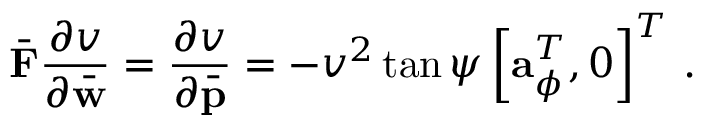
\bar { \bf F } \frac { \partial v } { \partial \bar { \bf w } } = \frac { \partial v } { \partial \bar { \bf p } } = - v ^ { 2 } \tan \psi \left[ { \bf a } _ { \phi } ^ { T } , 0 \right] ^ { T } \, .